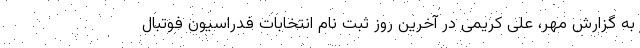
به گزارش مهر، علی کریمی در آخرین روز ثبت نام انتخابات فدراسیون فوتبال